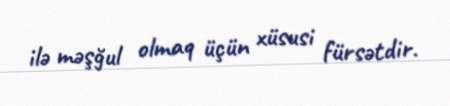
ilə məşğul olmaq üçün xüsusi fürsətdir.